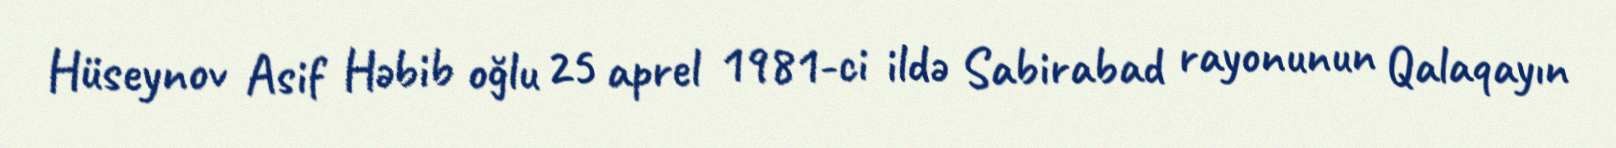
Hüseynov Asif Həbib oğlu 25 aprel 1981-ci ildə Sabirabad rayonunun Qalaqayın